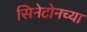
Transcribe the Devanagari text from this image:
सिनेटोनच्या